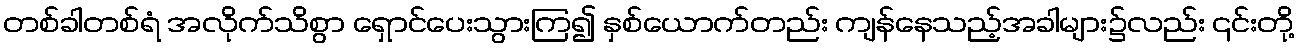
တစ်ခါတစ်ရံ အလိုက်သိစွာ ရှောင်ပေးသွားကြ၍ နှစ်ယောက်တည်း ကျန်နေသည့်အခါများ၌လည်း ၎င်းတို့